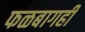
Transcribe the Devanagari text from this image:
फळबागही